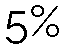
5%